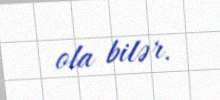
ola bilər.